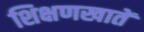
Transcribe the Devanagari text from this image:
शिक्षणखातें